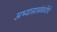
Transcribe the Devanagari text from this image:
अभ्यासासंबंधीचे